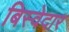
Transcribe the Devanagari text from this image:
बिस्‍वेदार